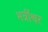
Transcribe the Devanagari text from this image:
भर्त्रीश्वर